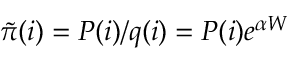
\tilde { \pi } ( i ) = P ( i ) / q ( i ) = P ( i ) e ^ { \alpha W }